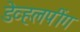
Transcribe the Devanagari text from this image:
डेव्हलपींग